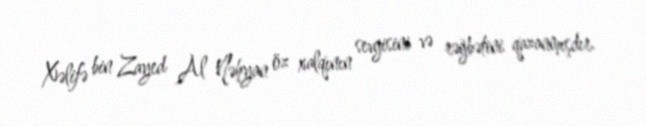
Xəlifə bin Zayed Al Nəhyan öz xalqının sevgisini və rəğbətini qazanmışdır.